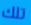
تلك